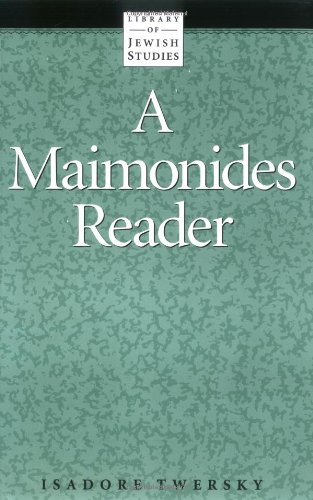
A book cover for A Maimonides Reader (Library of Jewish Studies); History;